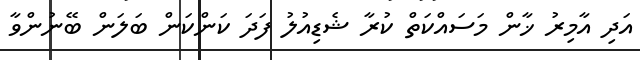
އަދި އާމިރު ޚާން މަސައްކަތް ކުރާ ޝެޑިއުލު ފަދަ ކަންކަން ބަލަން ބޭނުންވާ